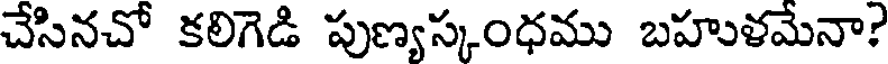
చేసినచో కలిగెడి పుణ్యస్కంధము బహుళమేనా?